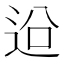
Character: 𨒄